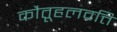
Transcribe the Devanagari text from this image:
कौतूहलव्रत्ति